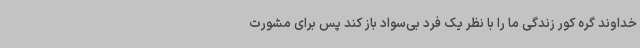
خداوند گره کور زندگی ما را با نظر یک فرد بی‌سواد باز کند پس برای مشورت